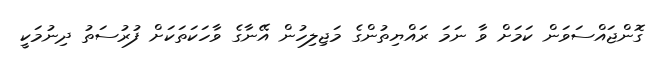
ގޮންޖައްސަވަން ކަމަށް ވާ ނަމަ ރައްޔިތުންގެ މަޖިލިހުން އޭނާގެ ވާހަކަތަކަށް ފުރުސަތު ދިނުމަކީ